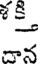
్